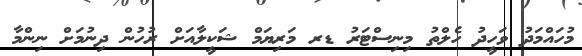
މުހައްމަދު ވަހީދު ހެލްތު މިނިސްޓަރު ޑރ މަރިޔަމް ޝަކީލާއަށް ރުހުން ދިނުމަށް ނިންމާ